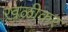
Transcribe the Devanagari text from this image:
खळीकर